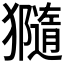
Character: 𤢩